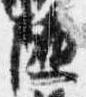
随